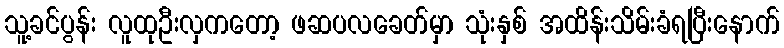
သူ့ခင်ပွန်း လူထုဦးလှကတော့ ဖဆပလခေတ်မှာ သုံးနှစ် အထိန်းသိမ်းခံရပြီးနောက်